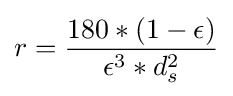
r={\frac {180*(1-\epsilon )}{\epsilon ^{3}*d_{s}^{2}}}